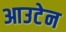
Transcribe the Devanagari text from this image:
आउटेन